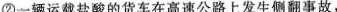
②一辆运载盐酸的货车在高速公路上发生侧翻事故，